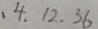
、 4 . 1 2 . 3 6